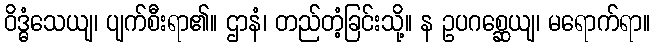
ဝိဒ္ဓံသေယျ၊ ပျက်စီးရာ၏။ ဌာနံ၊ တည်တံ့ခြင်းသို့။ န ဥပဂစ္ဆေယျ၊ မရောက်ရာ။